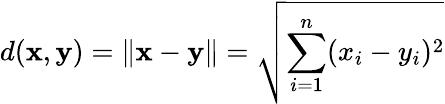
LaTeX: d(\mathbf{x},\mathbf{y})=\| \mathbf{x}-\mathbf{y}\| ={\sqrt{\sum_{i=1}^{n}(x_{i}-y_{i})^{2}}}